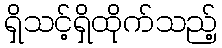
ရှိသင့်ရှိထိုက်သည့်